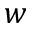
w